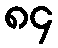
၈၄